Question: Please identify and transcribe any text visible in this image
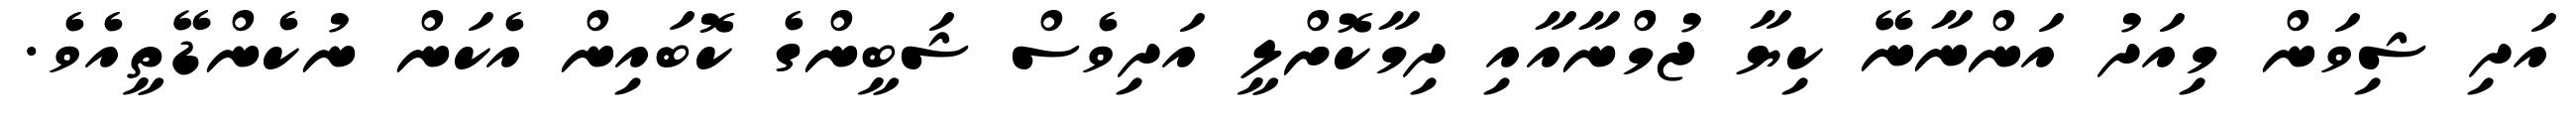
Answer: އަދި ޝިވަން މިއަދު އަންނާނޭ ކިޔާ ޖުމްނާއާއި ދިމާކޮށްލީ އަދިވެސް ޝަބީންގެ ކޮބައިން އެކަން ނުކެންޑޭތީއެވެ.